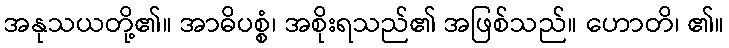
အနုသယတို့၏။ အာဓိပစ္စံ၊ အစိုးရသည်၏ အဖြစ်သည်။ ဟောတိ၊ ၏။